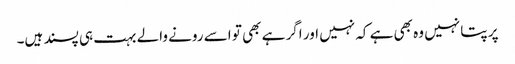
پر پتا نہیں وہ بھی ہے کہ نہیں اور اگر ہے بھی تو اسے رونے والے بہت ہی پسند ہیں۔